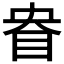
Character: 𰥘